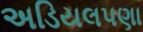
અડિયલપણા